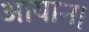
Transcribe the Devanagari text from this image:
आयान।